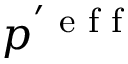
p ^ { ' \textrm { e f f } }